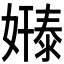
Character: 𫱸